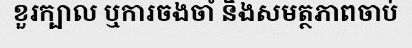
ខួរក្បាល ឬការចងចាំ និងសមត្ថភាពចាប់